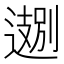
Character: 𬩁